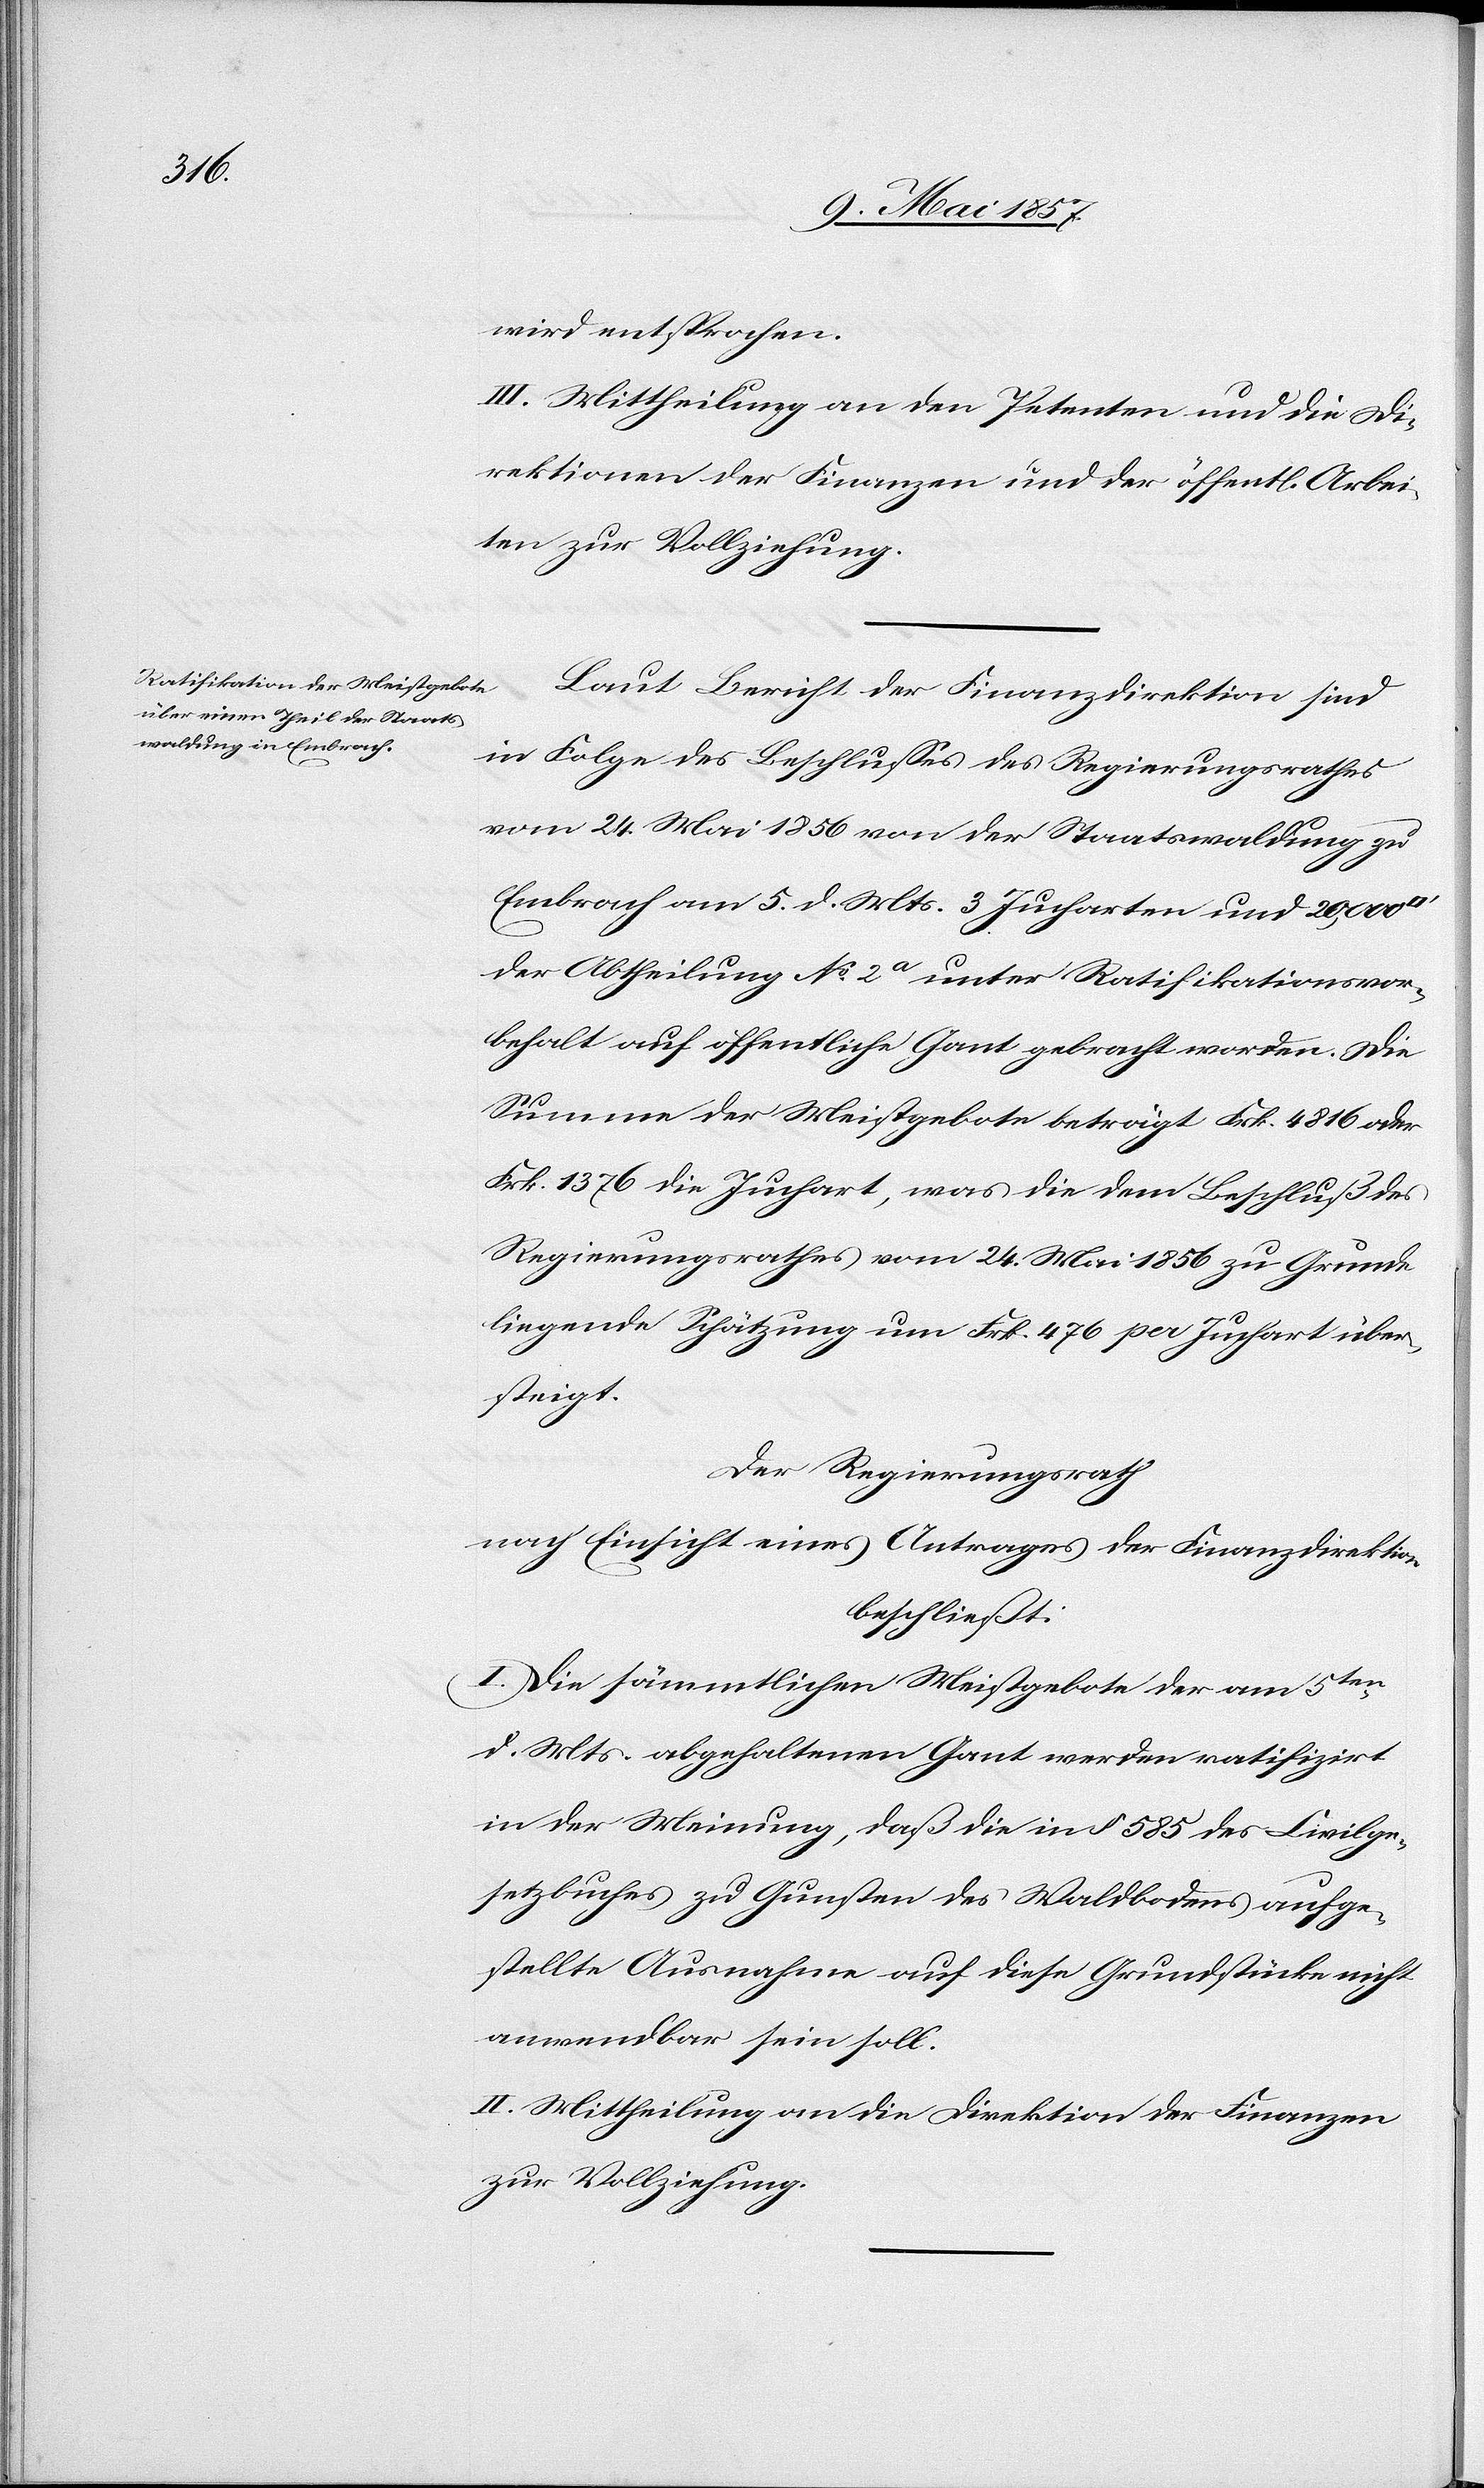
wird entsprochen.
III. Mittheilung an den Petenten und die Di¬
rektion der Finanzen und der öffentl. Arbei¬
ten zur Vollziehung.
Laut Bericht der Finanzdirektion sind
in Folge des Beschlusses des Regierungsrathes
vom 24 Mai 1856 von der Staatswaldung zu
Embrach am 5 d. Mts. 3 Jucharten und 20,000
der Abtheilung No 2a unter Ratifikationsvor¬
behalt auf öffentliche Gant gebracht worden. Die
Summe der Meistgebote beträgt Frk. 4816 oder
Frk. 1376 die Juchart, was die dem Beschluß des
Regierungsrathes vom 24 Mai 1856 zu Grunde
liegende Schätzung um Frk. 476 pro Juchart über¬
steigt.
Der Regierungsrath
nach Einsicht eines Antrages der Finanzdirektion,
beschließt:
I. Die sämmtlichen Meistgebote der am 5ten
d. Mts. abgehaltenen Gant werden ratifizirt
in der Meinung, daß die in § 585 des Civilge¬
setzbuches zu Gunsten des Waldbodens aufge¬
stellte Ausnahme auf diese Grundstücke nicht
anwendbar sein soll.
II. Mittheilung an die Direktion der Finanzen
zur Vollziehung.